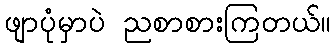
ဖျာပုံမှာပဲ ညစာစားကြတယ်။